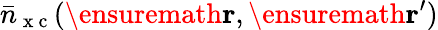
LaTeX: \bar{n}_{\mathrm{~x~c~}}(\ensuremath{\mathbf{r}},\ensuremath{\mathbf{r}}^{\prime})